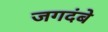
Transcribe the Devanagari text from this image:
जगदंबे